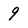
Character: 9